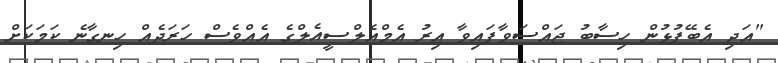
"އަދި އެބޭފުޅުން ހިސާބު ޖައްސަވާފައިވާ އިރު އެމްއެލްސީއެލްގެ އެއްވެސް ހަރަދެއް ހިނގާނެ ކަމަކަށް